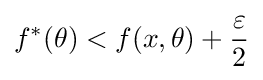
f^{*}(\theta )<f(x,\theta )+{\frac {\varepsilon }{2}}